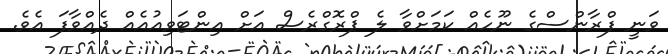
ވަނީ ފްރާންސްގެ ނޫހެއް ކަމަށްވާ ލެ ޕްރޮގްރެސް އަށް އިންޓަވިއުއެއް ދެއްވާފަ އެވެ.